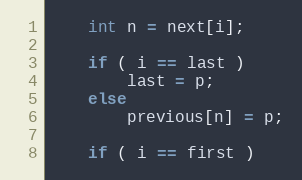
Language: C++
	int n = next[i];

	if ( i == last )
		last = p;
	else
		previous[n] = p;

	if ( i == first )